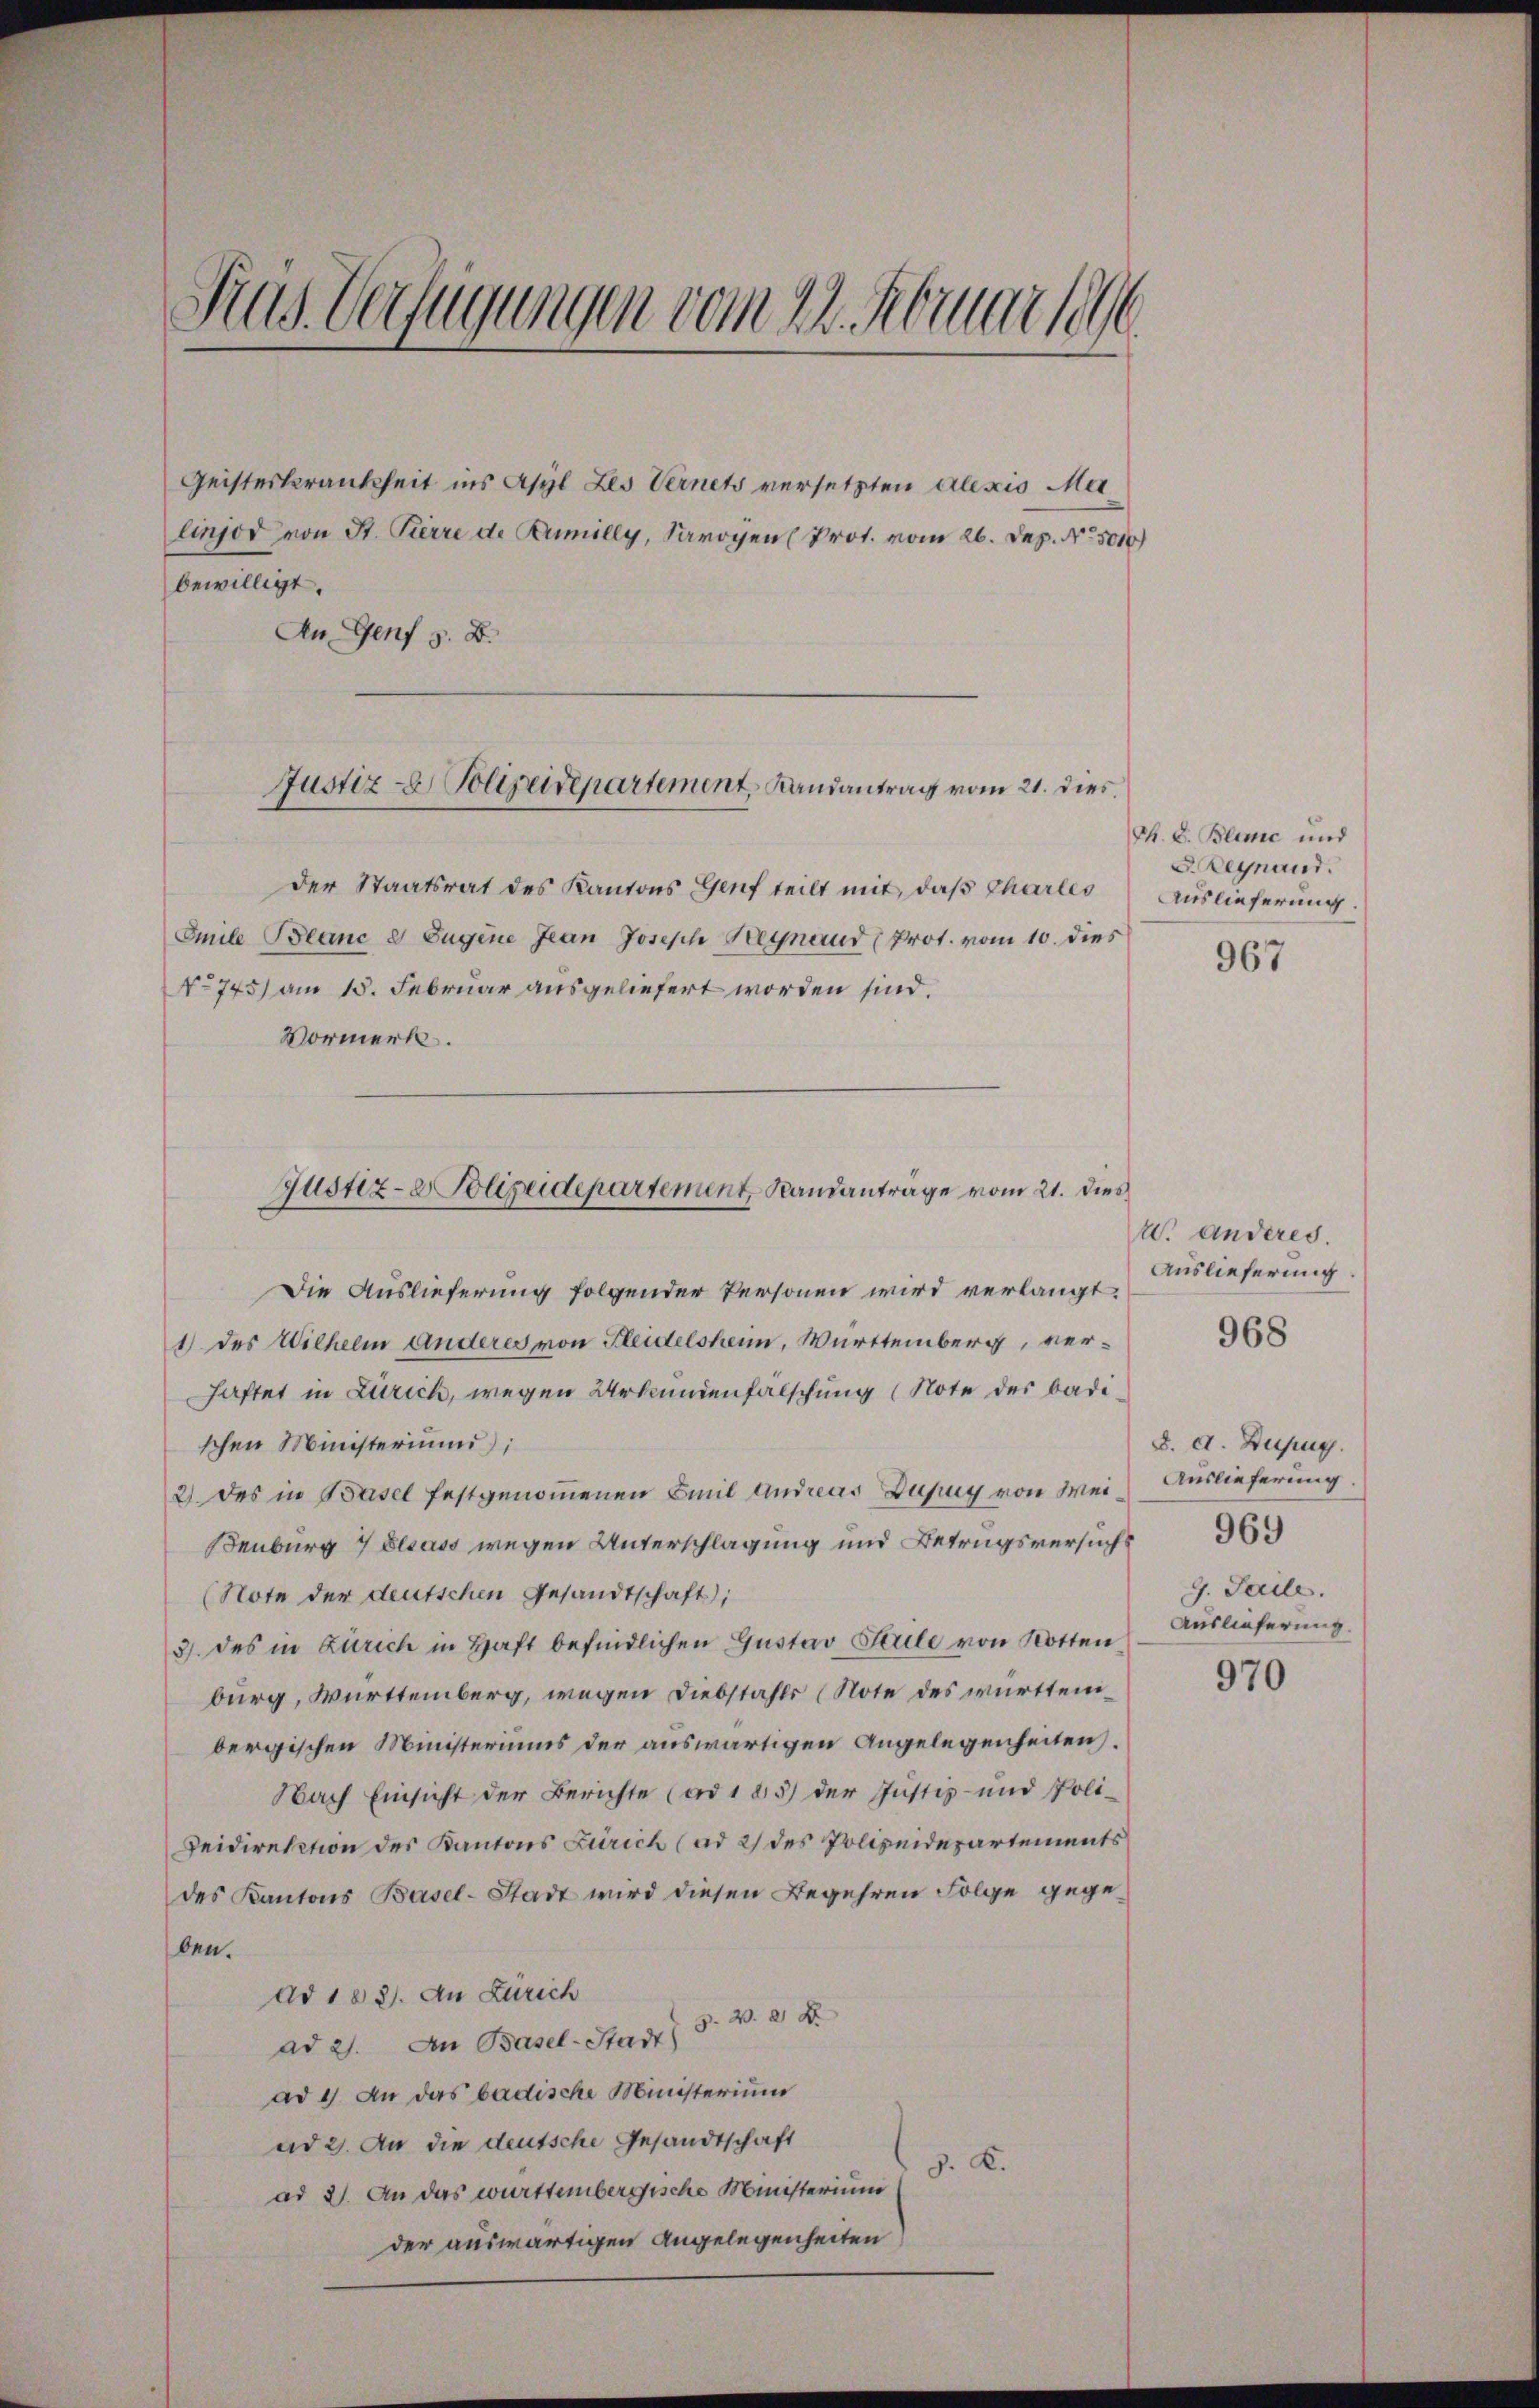
Pras. Verfügungen vom 22. Februar 1896

Geisterkrankheit ins Asyl Les Vernets versetzten Alexis Mei
linjod von St. Pierre de Bumilly, Sarogen (Prot. vom 26. Dez. No. 5010)
bewilligt.
An Genf z. B.

der Staatsrat des Kantons Genf teilt mit, daß Charles Auslieferung.
Emile Beanc e Eugene Jean Joseph Hegnand (Prot. vom 10. dies
No 745) am 15. Februar ausgeliefert worden sind.
Vormerk.
Die Auslieferung folgender Personen wird verlangt Auslieferung
1) des Wilhelm anderes von Kleidelsheim, Württemberg, verhaftet in Zürich, wegen Urkundenfälschung (Note des Badischen Ministerium),
2) des in Basel festgenoṁenen Emil Andreas Dupuy von Mein Auslieferung.
enburg 7 Elsass wegen Unterschlagung und Betrugsversuchs
(Note der deutschen Gesandtschaft;
3. des in Zürich in Haft befindlichen Gustav Saile von Rotten
burg, Württemberg, wegen Diebstahls (Note des württembergischen Ministeriums der auswärtigen Angelegenheiten.
Nach Einsicht der Berichte (ad 185) der Justiz- und Poli-
Zeidirektion des Kantons Zürich (ad 2) des Polizeidepartements
des Kantons Basel-Stadt wird diesen Begehren Folge gegeben.
dd 1831. An Zürich
ad 2. An Basel-Stadt) s. w. a. D.
ad 1. An das badische Ministerium
ad 2. An die deutsche Gesandtschaft
9. K.
ad 2. An das württembergische Ministerium
der auswärtigen Angelegenheiten

Justiz- & Polizeidepartement, Landantrag vom 21. dies

Justiz- & Polizeidepartement Randantrage vom 21. dies

Th. S. Blume und
G. Begnand.

967

tr. anderes.
968

d. d. Dupug.
G. Saile.
Auslieferung.

969

970